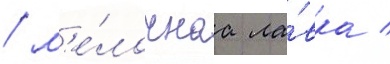
/ м'е́лочнаа ла́вка /